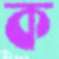
ক